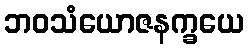
ဘဝသံယောဇနက္ခယေ